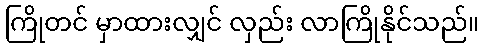
ကြိုတင် မှာထားလျှင် လှည်း လာကြိုနိုင်သည်။